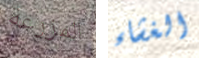
المزرعة الغشاء